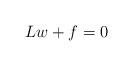
LaTeX: \begin{align*} Lw+f=0\end{align*}